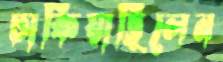
ঢাকিয়াছিলেন